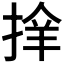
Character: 𢮡